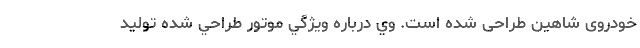
خودروی شاهین طراحی شده است. وي درباره ويژگي موتور طراحي شده توليد